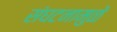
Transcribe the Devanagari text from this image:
संघटनामुळे